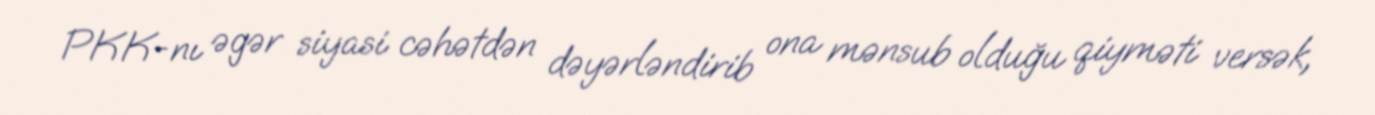
PKK-nı əgər siyasi cəhətdən dəyərləndirib ona mənsub olduğu qiyməti versək,